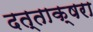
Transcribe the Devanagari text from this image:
दत्ताक्षरा